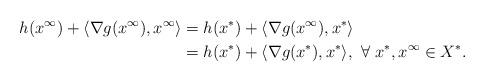
LaTeX: \begin{align*}h(x^\infty)+\langle\nabla g(x^{\infty}),x^{\infty}\rangle&=h(x^*)+\langle\nabla g(x^{\infty}),x^{*}\rangle\\&=h(x^*)+\langle\nabla g(x^{*}),x^{*}\rangle, \ \forall~x^*, x^{\infty}\in X^*.\end{align*}